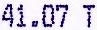
41.07 T